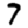
Digit: 7